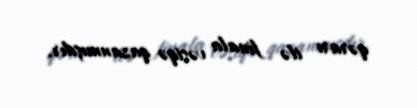
qərarı ilə finala vəsiqə qazanmışdır.